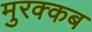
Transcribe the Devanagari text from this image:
मुरक्कब